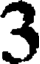
3